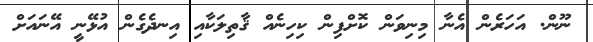
ނޫން. އަހަރެން އެނާ މިނިވަން ކޮށްފިން ކިހިނެއް ޤާތިލަކާއި އިނދެގެން އުޅޭނީ އޭނައަށް